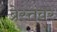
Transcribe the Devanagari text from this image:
ब्रेस्तवर